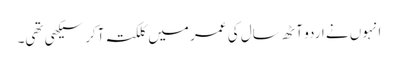
انہوں نے اردو آٹھ سال کی عمر میں کلکتہ آکر سیکھی تھی۔